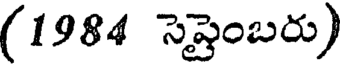
(1984 సెప్టెంబరు)